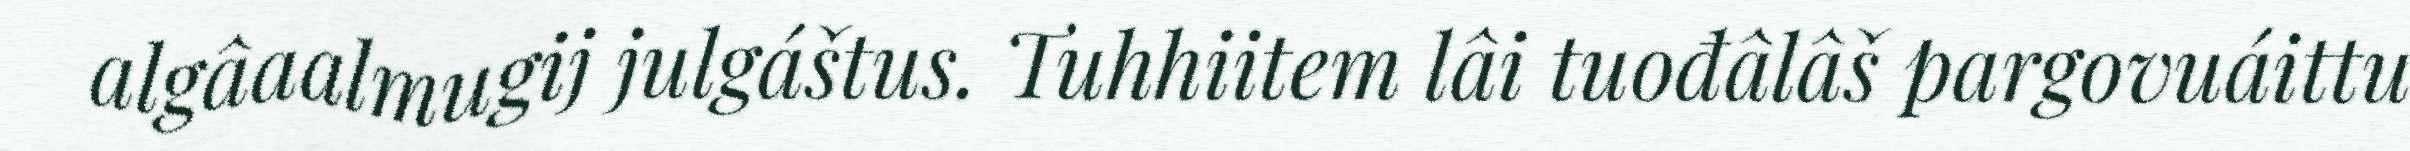
algâaalmugij julgáštus. Tuhhiitem lâi tuođâlâš pargovuáittu